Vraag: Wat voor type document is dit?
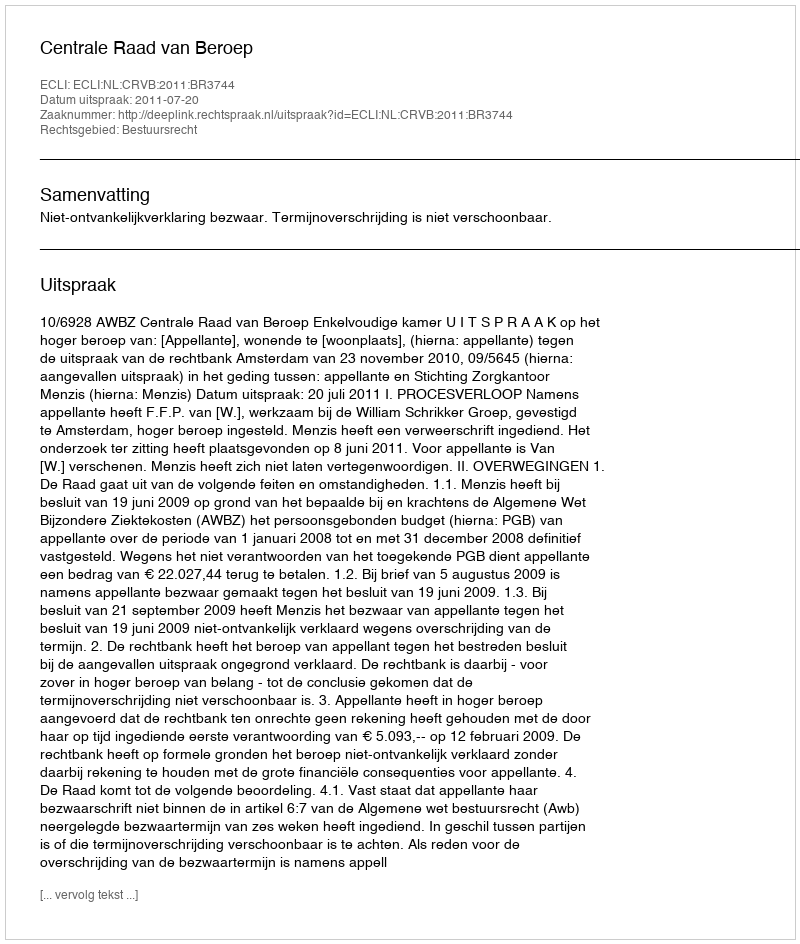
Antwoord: Uitspraak